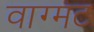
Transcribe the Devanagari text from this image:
वाग्मट